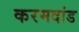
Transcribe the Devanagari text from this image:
करमदांड